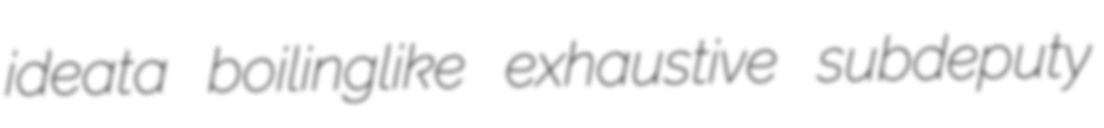
ideata boilinglike exhaustive subdeputy